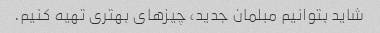
شاید بتوانیم مبلمان جدید، چیزهای بهتری تهیه کنیم.